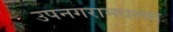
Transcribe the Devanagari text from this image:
उपनगरामधल्या